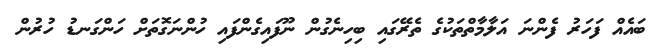
ބައެއް ފަހަރު ފެންނަ އަލާމާތްތަކުގެ ތެރޭގައި ބިހިނެގުން ނޫފައިގެންފައި ހުންނަގޮތަށްް ހަންގަނޑު ހުރުން